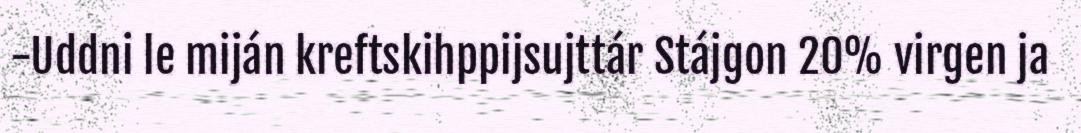
-Uddni le miján kreftskihppijsujttár Stájgon 20% virgen ja